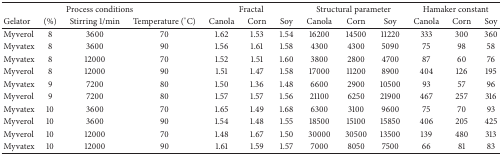
<table><thead><tr><td colspan="4"><b>Process conditions</b></td><td colspan="3"><b>Fractal</b></td><td colspan="3"><b>Structural parameter</b></td><td colspan="3"><b>Hamaker constant</b></td></tr><tr><td><b>Gelator</b></td><td><b>(%)</b></td><td><b>Stirring 1/min</b></td><td><b>Temperature (°C)</b></td><td><b>Canola</b></td><td><b>Corn</b></td><td><b>Soy</b></td><td><b>Canola</b></td><td><b>Corn </b></td><td><b>Soy</b></td><td><b>Canola </b></td><td><b>Corn</b></td><td><b>Soy</b></td></tr></thead><tbody><tr><td>Myverol</td><td>8</td><td>3600</td><td>70</td><td>1.62</td><td>1.53</td><td>1.54</td><td>16200</td><td>14500</td><td>11220</td><td>333</td><td>300</td><td>360</td></tr><tr><td>Myvatex</td><td>8</td><td>3600</td><td>90</td><td>1.56</td><td>1.61</td><td>1.58</td><td>4300</td><td>4300</td><td>5090</td><td>75</td><td>98</td><td>58</td></tr><tr><td>Myvatex</td><td>8</td><td>12000</td><td>70</td><td>1.52</td><td>1.51</td><td>1.60</td><td>3800</td><td>2800</td><td>4700</td><td>87</td><td>60</td><td>76</td></tr><tr><td>Myverol</td><td>8</td><td>12000</td><td>90</td><td>1.51</td><td>1.47</td><td>1.58</td><td>17000</td><td>11200</td><td>8900</td><td>404</td><td>126</td><td>195</td></tr><tr><td>Myvatex</td><td>9</td><td>7200</td><td>80</td><td>1.50</td><td>1.36</td><td>1.48</td><td>6600</td><td>2900</td><td>10500</td><td>93</td><td>57</td><td>96</td></tr><tr><td>Myverol</td><td>9</td><td>7200</td><td>80</td><td>1.57</td><td>1.57</td><td>1.56</td><td>21100</td><td>6250</td><td>21900</td><td>467</td><td>257</td><td>316</td></tr><tr><td>Myvatex</td><td>10</td><td>3600</td><td>70</td><td>1.65</td><td>1.49</td><td>1.68</td><td>6300</td><td>3100</td><td>9600</td><td>75</td><td>70</td><td>93</td></tr><tr><td>Myverol</td><td>10</td><td>3600</td><td>90</td><td>1.54</td><td>1.48</td><td>1.55</td><td>18500</td><td>15100</td><td>15850</td><td>406</td><td>205</td><td>425</td></tr><tr><td>Myverol</td><td>10</td><td>12000</td><td>70</td><td>1.48</td><td>1.67</td><td>1.50</td><td>30000</td><td>30500</td><td>13500</td><td>139</td><td>480</td><td>313</td></tr><tr><td>Myvatex</td><td>10</td><td>12000</td><td>90</td><td>1.61</td><td>1.59</td><td>1.57</td><td>7000</td><td>8050</td><td>7500</td><td>66</td><td>81</td><td>83</td></tr></tbody></table>